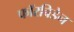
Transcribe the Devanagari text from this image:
फॉरबिडेन